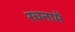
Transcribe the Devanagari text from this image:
रचनामें